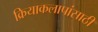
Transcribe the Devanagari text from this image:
क्रियाकलापांसाठी